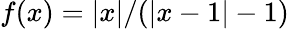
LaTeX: f(x)=|x|/(|x-1|-1)